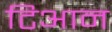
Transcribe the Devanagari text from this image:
टिआन